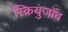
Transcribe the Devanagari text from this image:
स्क्रियुजॉब